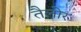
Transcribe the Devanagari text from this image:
तैलोर